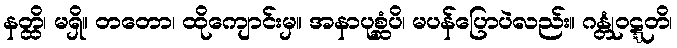
နတ္ထိ၊ မရှိ။ တတော၊ ထိုကျောင်းမှ။ အနာပုစ္ဆံပိ၊ မပန်ပြောပဲလည်း။ ဂန္တုံဝဋ္ဋတိ၊